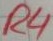
Text: R4